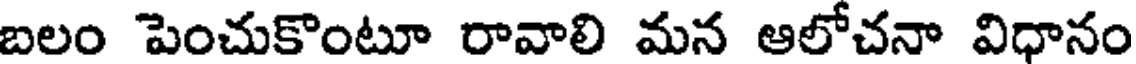
బలం పెంచుకొంటూ రావాలి మన ఆలోచనా విధానం